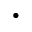
\cdot